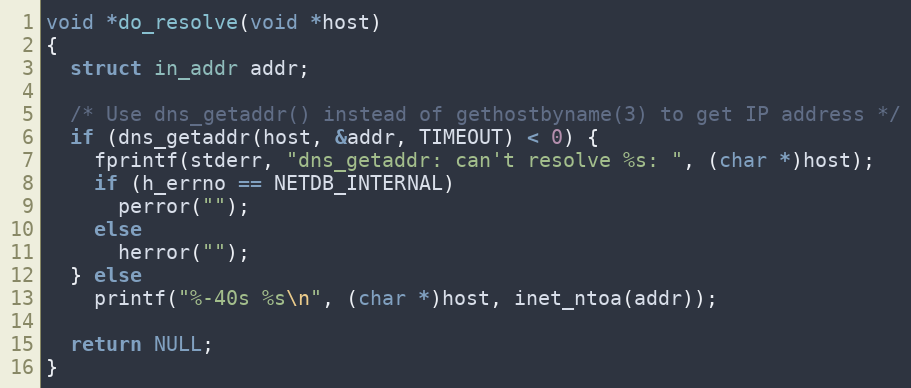
Language: C
void *do_resolve(void *host)
{
  struct in_addr addr;

  /* Use dns_getaddr() instead of gethostbyname(3) to get IP address */
  if (dns_getaddr(host, &addr, TIMEOUT) < 0) {
    fprintf(stderr, "dns_getaddr: can't resolve %s: ", (char *)host);
    if (h_errno == NETDB_INTERNAL)
      perror("");
    else
      herror("");
  } else
    printf("%-40s %s\n", (char *)host, inet_ntoa(addr));

  return NULL;
}